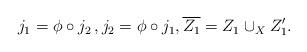
LaTeX: \begin{align*}\begin{aligned} j_{1}=\phi\circ j_{2}\,, j_{2}= \phi\circ j_{1},\overline{Z_{1}}=Z_{1}\cup_{X} Z'_{1}.\end{aligned}\end{align*}